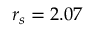
r _ { s } = 2 . 0 7